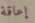
إعاقة